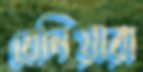
বেনিয়ারা